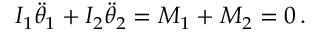
I _ { 1 } \ddot { \theta } _ { 1 } + I _ { 2 } \ddot { \theta } _ { 2 } = M _ { 1 } + M _ { 2 } = 0 \, .